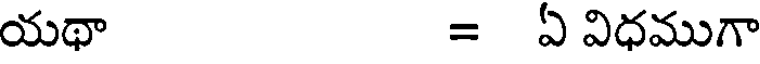
యథా = ఏ విధముగా